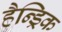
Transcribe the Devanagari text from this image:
हैन्ड्रिक